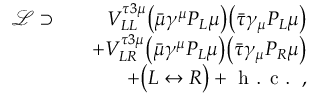
\begin{array} { r l r } { \mathcal { L } \supset } & { } & { V _ { L L } ^ { \tau 3 \mu } \big ( \bar { \mu } \gamma ^ { \mu } P _ { L } \mu \big ) \big ( \bar { \tau } \gamma _ { \mu } P _ { L } \mu \big ) } \\ & { } & { + V _ { L R } ^ { \tau 3 \mu } \big ( \bar { \mu } \gamma ^ { \mu } P _ { L } \mu \big ) \big ( \bar { \tau } \gamma _ { \mu } P _ { R } \mu \big ) } \\ & { } & { + \big ( L \leftrightarrow R \big ) + \textrm { h . c . } \, , } \end{array}